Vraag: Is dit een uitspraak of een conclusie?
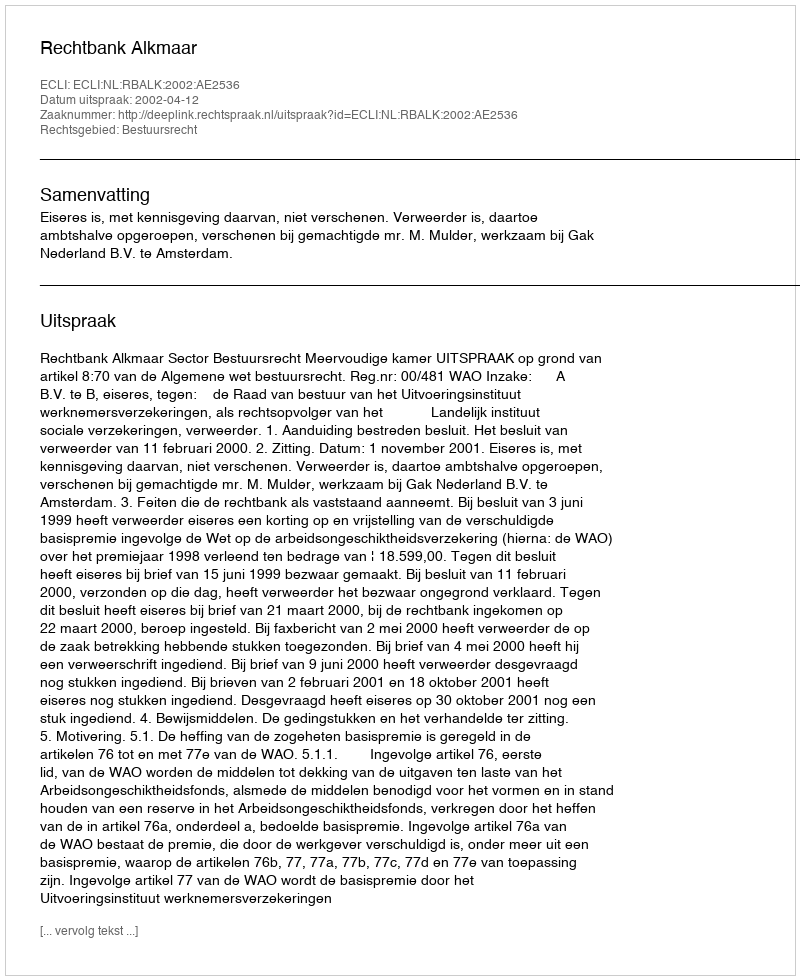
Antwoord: Uitspraak